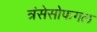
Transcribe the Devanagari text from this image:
त्रंसेसोफगल